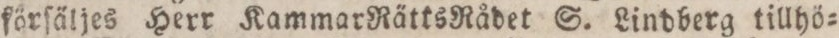
förſäljes Herr Kammar Rätts Rådet S. Lindberg tillhö=